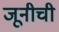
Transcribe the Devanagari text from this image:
जूनीची